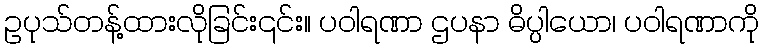
ဥပုသ်တန့်ထားလိုခြင်း၎င်း။ ပဝါရဏာ ဌပနာ ဓိပ္ပါယော၊ ပဝါရဏာကို